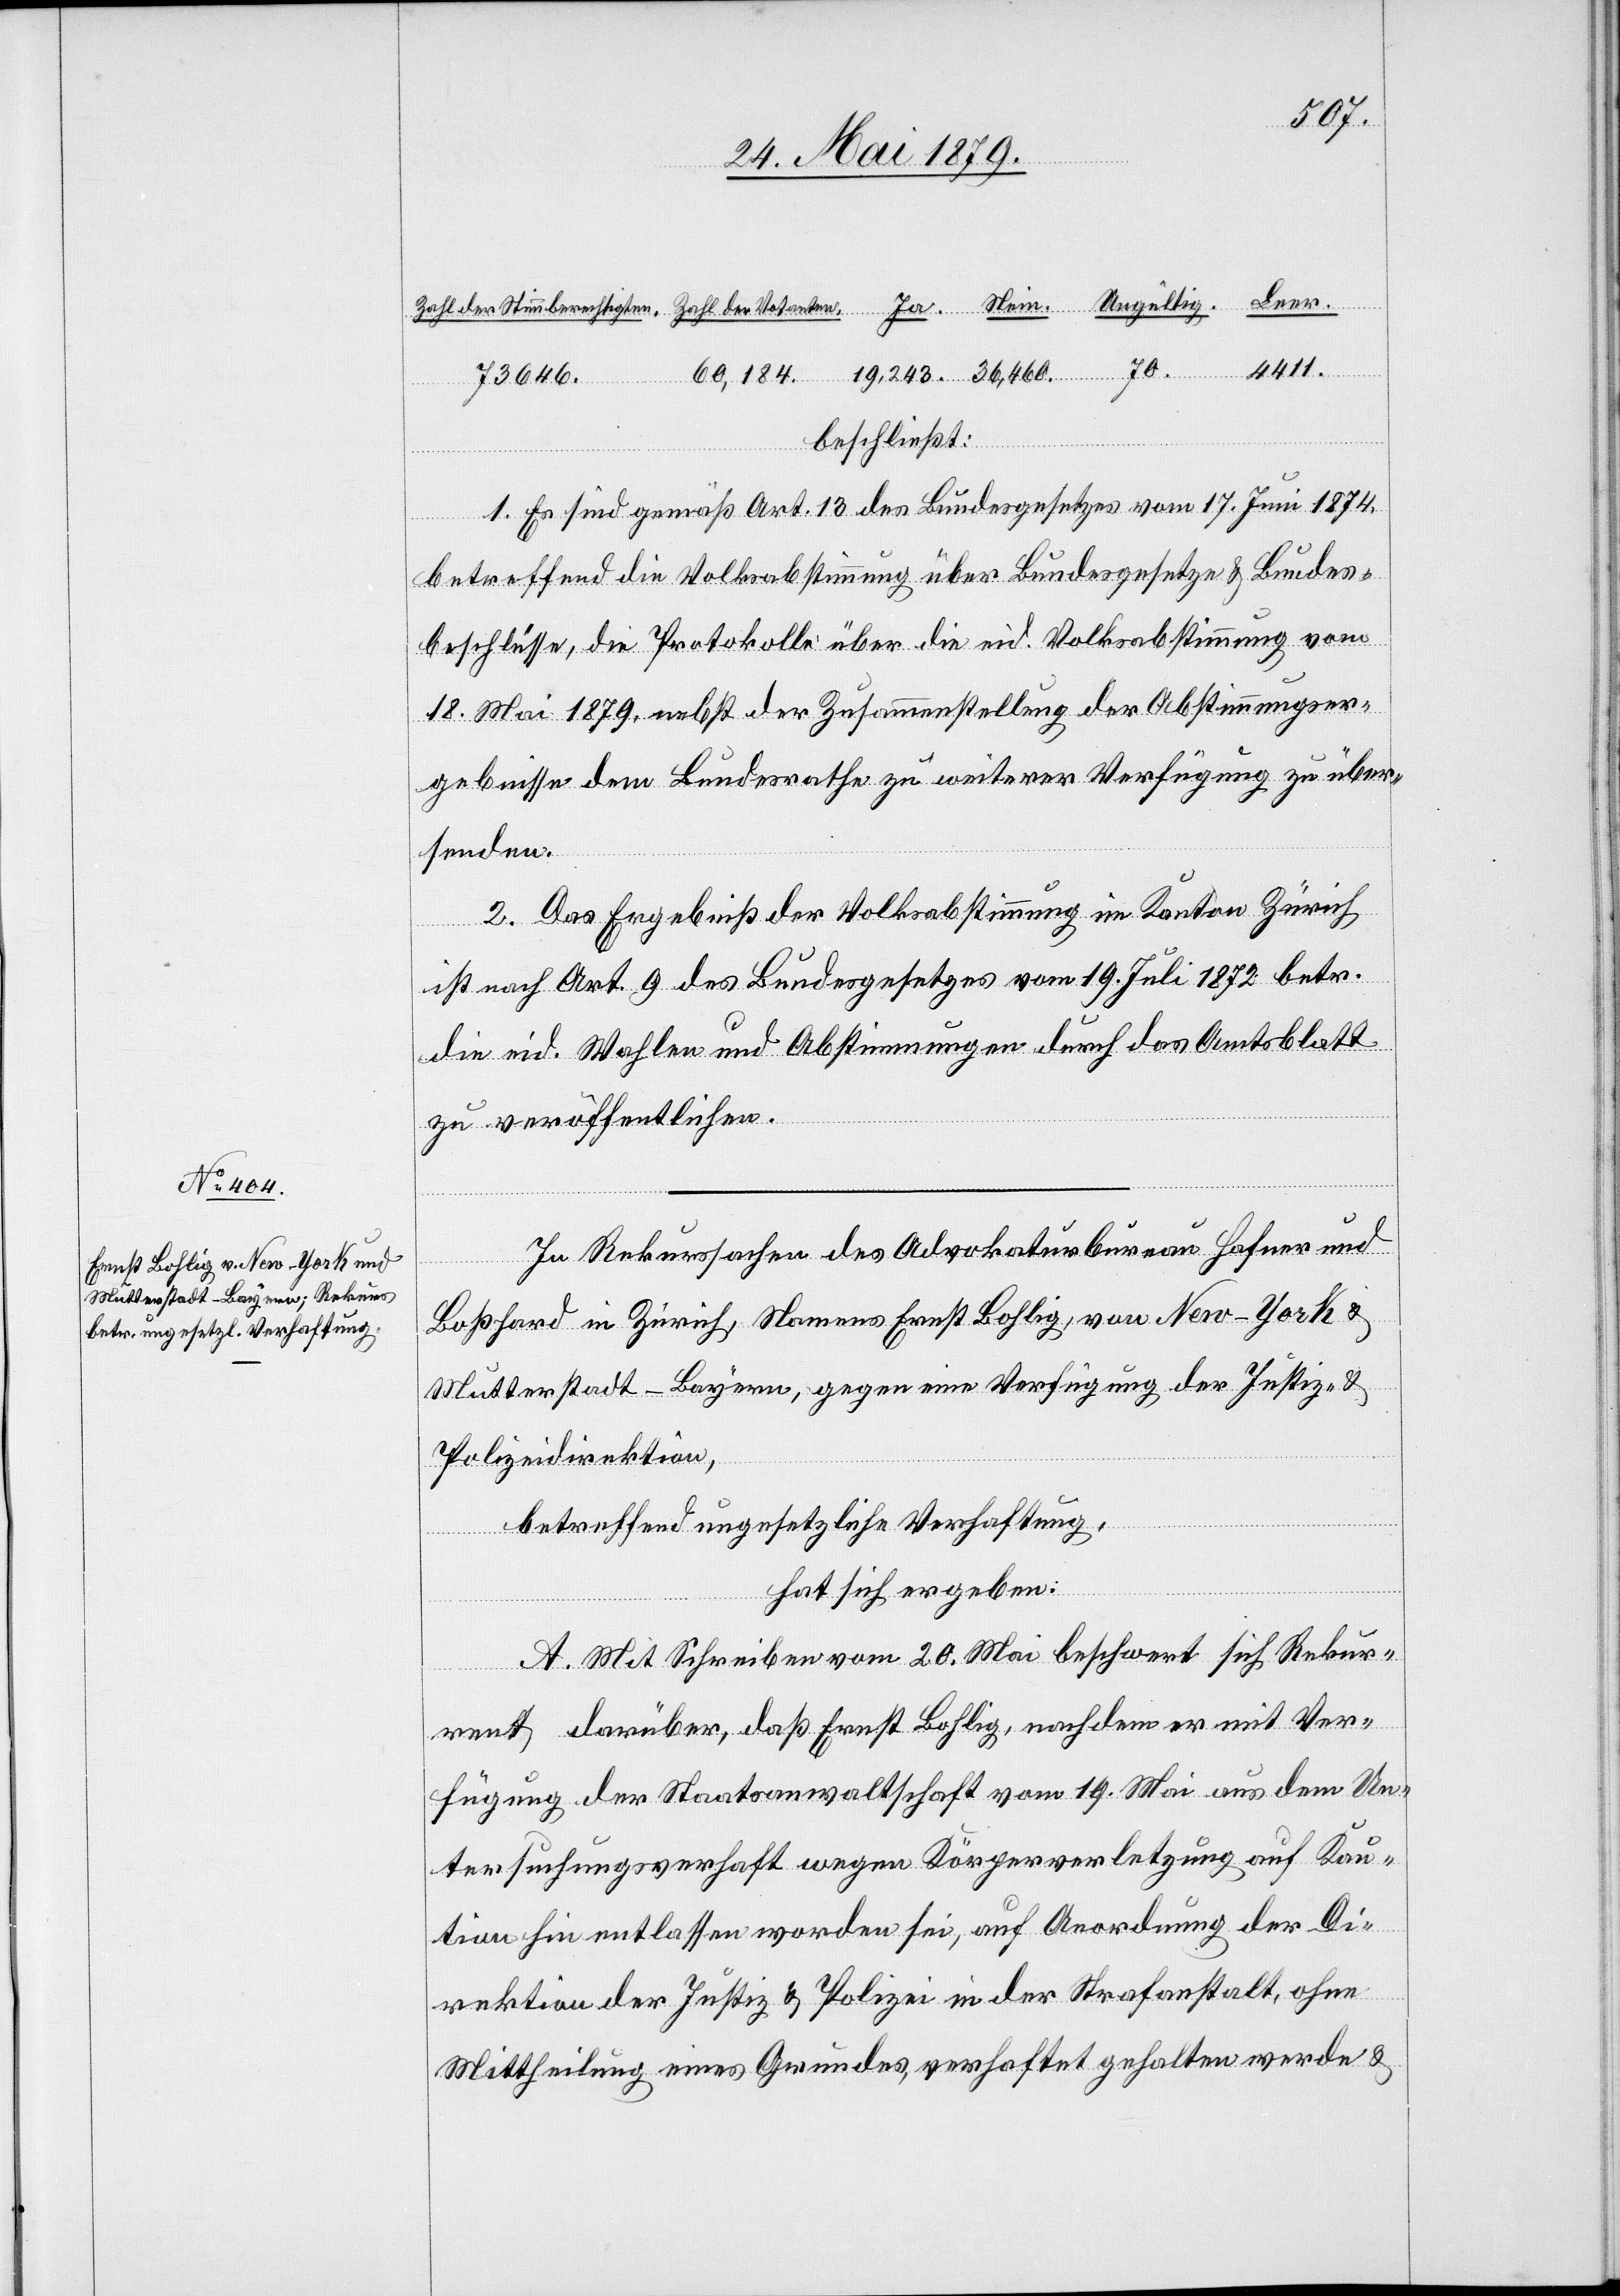
4411.
36,460.
Leer.
beschließt:
1. Es sind gemäß Art. 13 des Bundesgesetzes vom 17. Juni 1874
betreffend die Volksabstimmung über Bundesgesetze & Bundes¬
beschlüsse, die Protokolle über die eid. Volksabstimmung vom
18. Mai 1879, nebst der Zusammenstellung der Abstimmungser¬
gebnisse dem Bundesrathe zu weiterer Verfügung zu über¬
senden.
2. Das Ergebniß der Volksabstimmung im Kanton Zürich
ist nach Art. 9 des Bundesgesetzes vom 19. Juli 1872 betr.
die eid. Wahlen und Abstimmungen durch das Amtsblatt
zu veröffentlichen.
In Rekurssachen des Advokaturbureau Hafner und
Boßhard in Zürich, Namens Ernst Bohlig, von New-York &
Mutterstadt - Bayern, gegen eine Verfügung der Justiz- &
Polizeidirektion,
betreffend ungesetzliche Verhaftung,
hat sich ergeben:
A. Mit Schreiben vom 20. Mai beschwert sich Rekur¬
rent darüber, daß Ernst Bohlig, nachdem er mit Ver¬
fügung der Staatsanwaltschaft vom 19. Mai aus dem Un¬
tersuchungsverhaft wegen Körperverletzung auf Kau¬
tion hin entlassen worden sei, auf Anordnung der Di¬
rektion der Justiz & Polizei in der Strafanstalt, ohne
Mittheilung eines Grundes, verhaftet gehalten werde &